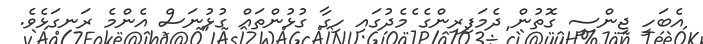
އެބަހީ ޖިންސީ ގޮތުން ދެމަފިރިންގެ ެމެދުގައި ހިގާ ގުޅުންތައް ގުޅުނަސް އެންމެ ރަނގަޅެވެ.